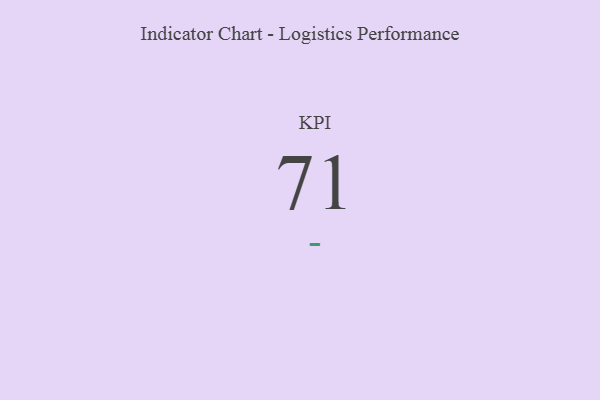
{"axis": {"x": "KPI", "y": "Value"}, "legend": [""], "data": [{"x": "KPI", "y": 71, "type": ""}]}